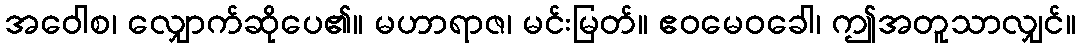
အဝေါစ၊ လျှောက်ဆိုပေ၏။ မဟာရာဇ၊ မင်းမြတ်။ ဧဝမေဝခေါ၊ ဤအတူသာလျှင်။